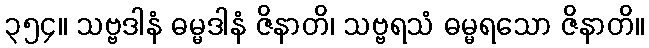
၃၅၄။ သဗ္ဗဒါနံ ဓမ္မဒါနံ ဇိနာတိ၊ သဗ္ဗရသံ ဓမ္မရသော ဇိနာတိ။